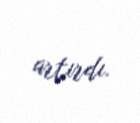
artırdı.